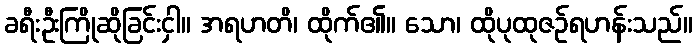
ခရီးဦးကြိုဆိုခြင်းငှါ။ အရဟတိ၊ ထိုက်၏။ သော၊ ထိုပုထုဇဉ်ရဟန်းသည်။